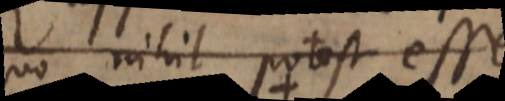
quo nihil potest esse